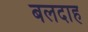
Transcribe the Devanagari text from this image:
बलदाह